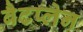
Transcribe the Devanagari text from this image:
बैटप्लेन